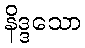
နိဒ္ဒသော